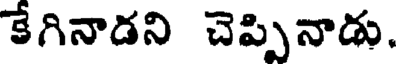
కేగినాడని చెప్పినాడు.